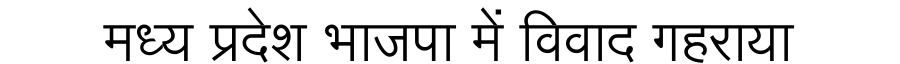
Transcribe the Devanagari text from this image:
मध्य प्रदेश भाजपा में विवाद गहराया